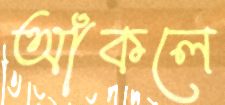
আঁকলে